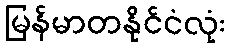
မြန်မာတနိုင်ငံလုံး